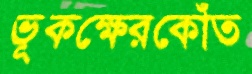
ভূকক্ষেরকোঁত